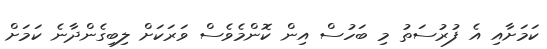
ކަަމަށާއި އެ ފުރުސަތު މި ބަހުސް އިން ކޮންމެވެސް ވަރަކަށް ލިބިގެންދާނެ ކަމަށް